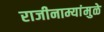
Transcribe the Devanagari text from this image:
राजीनाम्यांमुळे